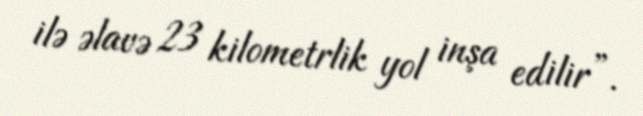
ilə əlavə 23 kilometrlik yol inşa edilir”.